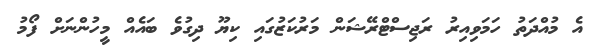
އެ މުއްދަތު ހަމަވިއިރު ރަޖިސްޓްރޭޝަން މަރުކަޒުގައި ކިޔޫ ދިގުވެ ބައެއް މީހުންނަށް ފޯމު